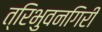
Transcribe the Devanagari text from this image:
त्रिभुवनगिरी